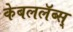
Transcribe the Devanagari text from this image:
केबललॅब्स्